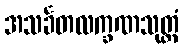
အသင်္ခတလက္ခဏသုတ္တံ